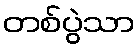
တစ်ပွဲသာ